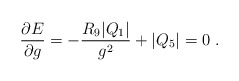
\begin{align*}{\partial E \over \partial g} = - {R_9 |Q_1|\over g^2} + |Q_5|=0 \ .\end{align*}